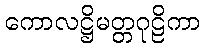
ကောလဋ္ဌိမတ္တဂုဠိကာ